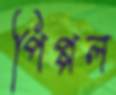
পিপ্পল